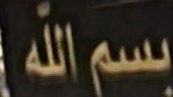
بسم الله